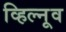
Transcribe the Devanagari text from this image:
व्हिल्नूव